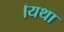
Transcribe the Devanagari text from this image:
।यथा